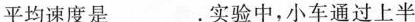
平均速度是___.实验中，小车通过上半